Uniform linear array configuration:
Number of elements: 48
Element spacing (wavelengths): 0.25
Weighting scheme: hann
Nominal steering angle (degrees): -15
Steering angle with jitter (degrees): -15.616
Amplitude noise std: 0.05
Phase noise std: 0.05

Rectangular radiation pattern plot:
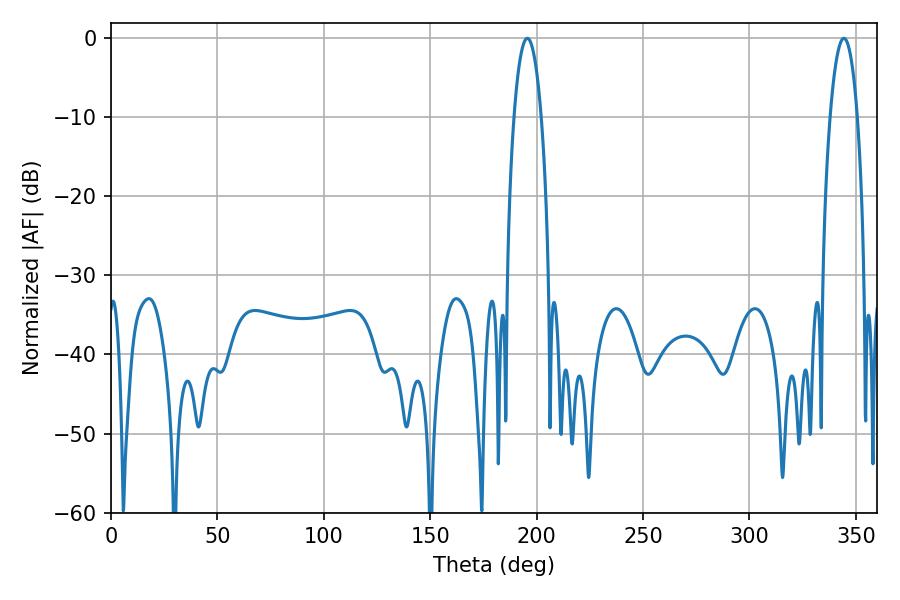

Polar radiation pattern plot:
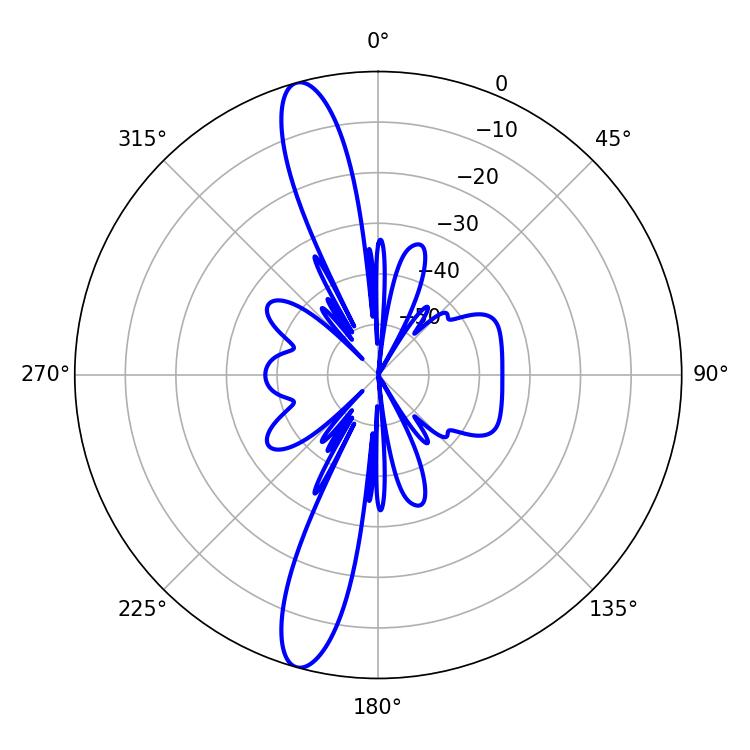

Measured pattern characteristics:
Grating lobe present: FALSE
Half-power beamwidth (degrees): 7.2
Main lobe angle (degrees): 195.66